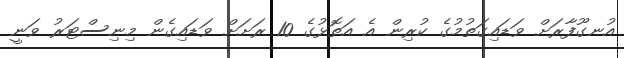
އުނގޫފާރަށް ވަޑައިގަތުމުގެ ކުރިން އެ އަތޮޅުގެ 10 ރަށަށް ވަޑައިގެން މިނިސްޓަރު ވަނީ